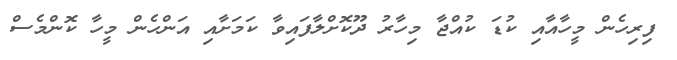
ފިރިހެން މީހާއާއި ކުޑަ ކުއްޖާ މިހާރު ދޫކޮށްލާފައިވާ ކަމަށާއި އަންހެން މީހާ ކޮންމެސް